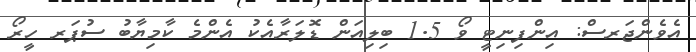
އެވެންޖަރސް: އިންފިނިޓީ ވޯ 1.5 ބިލިއަން ޑޮލަރާއެކު އެންމެ ކާމިޔާބު ސުޕަރ ހީރޯ